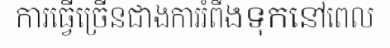
ការធ្វើច្រើនជាងការរំពឹងទុកនៅពេល